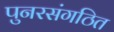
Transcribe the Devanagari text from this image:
पुनरसंगठित